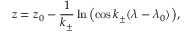
z = z _ { 0 } - \frac { 1 } { k _ { \pm } } \ln { \left( \cos { k _ { \pm } ( \lambda - \lambda _ { 0 } ) } \right) } ,